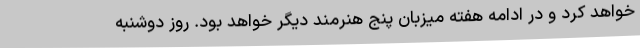
خواهد کرد و در ادامه هفته میزبان پنج هنرمند دیگر خواهد بود. روز دوشنبه